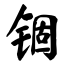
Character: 锢